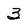
Character: 3